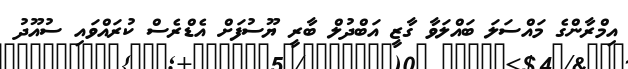
އިމްރާންގެ މައްސަލަ ބައްލަވާ ގާޒީ އަބްދުލް ބާރީ ޔޫސުފަށް އެޑްރެސް ކުރައްވައި ސުއޫދު